Calcutta medical institutions reports 1871-78
Year: 1871
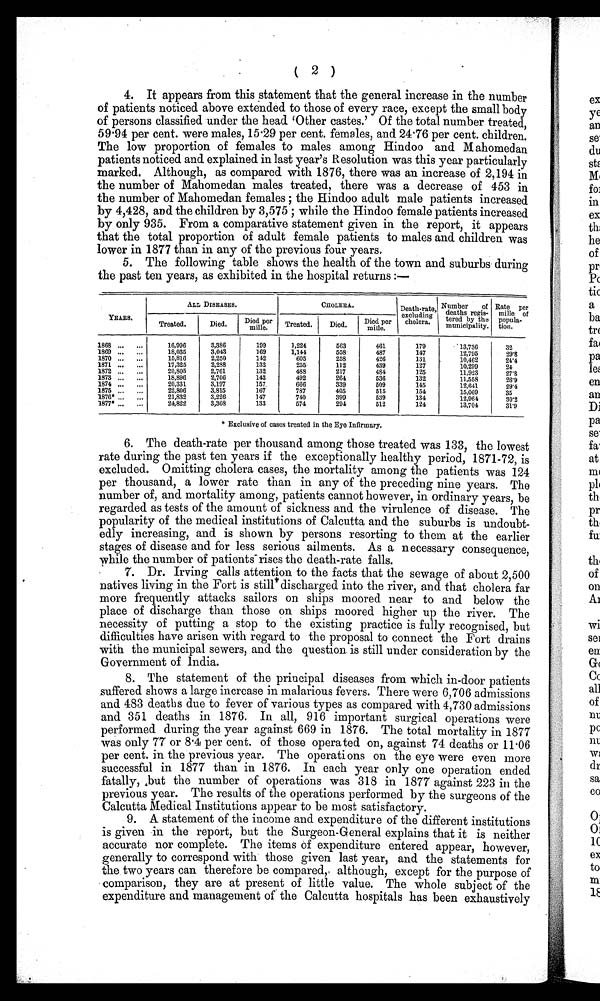
( 2 )
4. It appears from this statement that the general increase in the number
of patients noticed above extended to those of every race, except the small body
of persons classified under the head 'Other castes.' Of the total number treated,
59.94 per cent. were males, 15 .29 per cent. females, and 24.76 per cent. children.
The low proportion of females to males among Hindoo and Mahomedan
patients noticed and explained in last year's Resolution was this year particularly
marked. Although, as compared with 1876, there was an increase of 2,194 in
the number of Mohammedan males treated, there was a decrease of 453 in
the number of Mahomedan females; the Hindoo adult male patients increased
by 4,428, and the children by 3,575; while the Hindoo female patients increased
by only 935. From a comparative statement given in the report, it appears
that the total proportion of adult female patients to males and children was
lower in 1877 than in any of the previous four years.
5. The following table shows the health of the town and suburbs during
the past ten years, as exhibited in the hospital returns :-
YEARS.
ALL DISEASES.
CHOLERA.
Death-rate,
excluding
cholera.
Number of
deaths regis-
tered by the
municipality.
Rate per
mille of
popula-
tion.
Treated.
Died.
Died per
mille.
Treated.
Died.
Died per
mille.
1868 ...
...
16,996
3,386
199
1,224
563
461
179
13,736
32
1869 ...
...
18,035
3,043
169
1,144
558
487
147
12,795
29.8
1870 ...
...
15,816
2,250
142
605
258
426
131
10,462
24.4
1871 ...
...
17,325
2,288
132
255
112
439
127
10,299
24
1872 ...
...
20,805
2,761
132
488
217
484
125
11,923
27.8
1873 ...
...
18,896
2,706
143
492
264
536
132
11,558
26.9
1874
20,331
3,197
157.
666
339
509
145
1 2 , 6 4 1
29'4
1875 ...
...
22,806
3,815
167
787
405
515
1 5 4
15,069
35
1876* ...
...
21,832
3,226
147
740
399
539
134
12,964
3 0 . 2
1877*
24,822
3,308
133
574
2 9 4
512
124
13,704
31.9
* Exclusive of cases treated in the Eye Infirmary.
6. The death-rate per thousand among those treated was 133, the lowest
rate during the past ten years if the exceptionally healthy period, 1871-72, is
excluded. Omitting cholera cases, the mortality among the patients was 124
per thousand, a lower rate than in any of the preceding nine years. The
number of, and mortality among, patients cannot however, in ordinary years, be
regarded as tests of the amount of sickness and the virulence of disease. The
popularity of the medical institutions of Calcutta and the suburbs is undoubt-
edly increasing, and is shown by persons resorting to them at the earlier
stages of disease and for less serious ailments. As a necessary consequence,
while the number of patients rises the death-rate falls.
7. Dr. Irving calls attention to the facts that the sewage of about 2,500
natives living in the Fort is still discharged into the river, and that cholera far
more frequently attacks sailors on ships moored near to and below the
place of discharge than those on ships moored higher up the river. The
necessity of putting a stop to the existing practice is fully recognised, but
difficulties have arisen with regard to the proposal to connect the Fort drains
with the municipal sewers, and the question is still under consideration by the
Government of India.
8. The statement of the principal diseases from which in-door patients
suffered shows a large increase in malanous fevers. There were 6,706 admissions
and 483 deaths due to fever of various types as compared with 4,730 admissions
and 351 deaths in 1876. In all, 916 important surgical operations were
performed during the year against 669 in 1876. The total mortality in 1877
was only 77 or 8 .4 per cent. of those operated on, against 74 deaths or 11.06
per cent. in the previous year. The operations on the eye were even more
successful in 1877 than in 1876. In each year only one operation ended
fatally, but the number of operations was 318 in 1877 against 223 in the
previous year. The results of the operations performed by the surgeons of the
Calcutta Medical Institutions appear to be most satisfactory.
9. A statement of the income and expenditure of the different institutions
is given in the report, but the Surgeon-General explains that it is neither
accurate nor complete. The items of expenditure entered appear, however,
generally to correspond with those given last year, and the statements for
the two years can therefore be compared,. although, except for the purpose of
comparison, they are at present of little value. The whole subject of the
expenditure and management of the Calcutta hospitals has been exhaustively